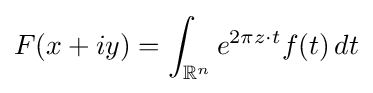
F(x+iy)=\int _{\mathbb {R} ^{n}}e^{2\pi z\cdot t}f(t)\,dt